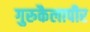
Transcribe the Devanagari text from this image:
गुरुकैलापीर